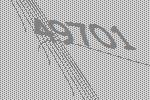
49701